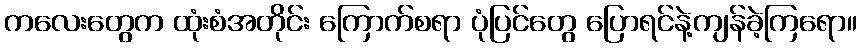
ကလေးတွေက ထုံးစံအတိုင်း ကြောက်စရာ ပုံပြင်တွေ ပြောရင်နဲ့ကျန်ခဲ့ကြရော။